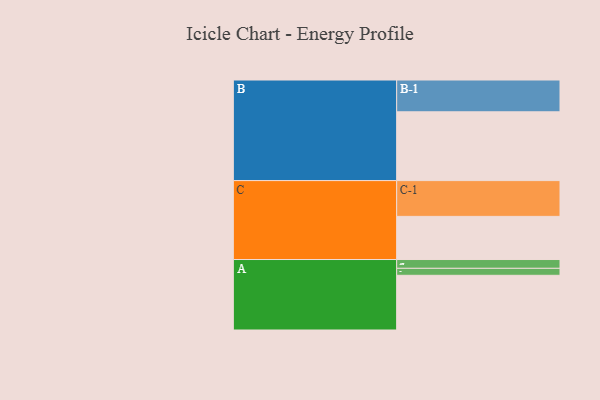
{"axis": {"x": "Segment", "y": "Value"}, "legend": ["", "A", "B", "C"], "data": [{"x": "A", "y": 454, "type": ""}, {"x": "B", "y": 571, "type": ""}, {"x": "C", "y": 358, "type": ""}, {"x": "A-1", "y": 58, "type": "A"}, {"x": "A-2", "y": 73, "type": "A"}, {"x": "B-1", "y": 264, "type": "B"}, {"x": "C-1", "y": 297, "type": "C"}]}